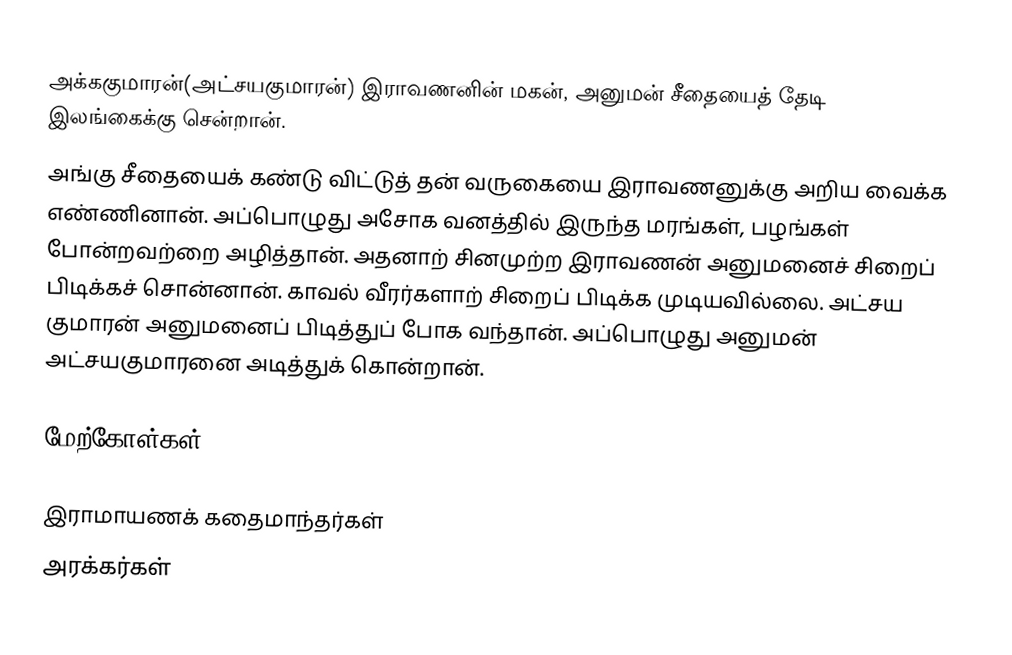
அக்ககுமாரன்(அட்சயகுமாரன்)  இராவணனின் மகன், அனுமன் சீதையைத் தேடி இலங்கைக்கு சென்றான்.
அங்கு சீதையைக் கண்டு விட்டுத் தன் வருகையை இராவணனுக்கு அறிய வைக்க எண்ணினான். அப்பொழுது அசோக வனத்தில் இருந்த மரங்கள், பழங்கள் போன்றவற்றை அழித்தான். அதனாற் சினமுற்ற இராவணன் அனுமனைச் சிறைப் பிடிக்கச் சொன்னான். காவல் வீரர்களாற் சிறைப் பிடிக்க முடியவில்லை. அட்சய குமாரன் அனுமனைப் பிடித்துப் போக வந்தான். அப்பொழுது அனுமன் அட்சயகுமாரனை அடித்துக் கொன்றான்.

மேற்கோள்கள்

இராமாயணக் கதைமாந்தர்கள்
அரக்கர்கள்